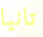
تانيا